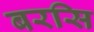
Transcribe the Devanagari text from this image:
बरसि